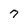
Character: 7